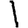
Digit: 1